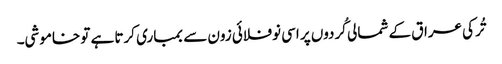
تُرکی عراق کے شمالی کُردوں پر اسی نوفلائی زون سے بمباری کرتا ہے تو خاموشی۔